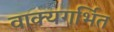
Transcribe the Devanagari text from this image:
वाक्यगर्भित